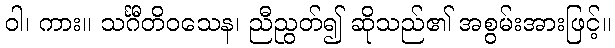
ဝါ၊ ကား။ သင်္ဂီတိဝသေန၊ ညီညွတ်၍ ဆိုသည်၏ အစွမ်းအားဖြင့်။